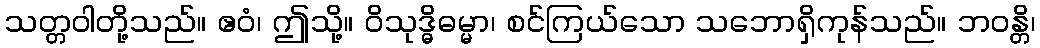
သတ္တဝါတို့သည်။ ဧဝံ၊ ဤသို့။ ဝိသုဒ္ဓိဓမ္မာ၊ စင်ကြယ်သော သဘောရှိကုန်သည်။ ဘဝန္တိ၊